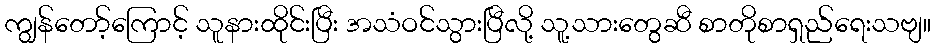
ကျွန်တော့်ကြောင့် သူနားထိုင်းပြီး အသံဝင်သွားပြီလို့ သူ့သားတွေဆီ စာတိုစာရှည်ရေးသဗျ။